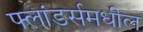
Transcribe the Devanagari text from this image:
फ्लांडर्समधील